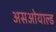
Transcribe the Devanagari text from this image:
असओयाल्ड